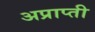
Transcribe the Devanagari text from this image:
अप्राप्ती